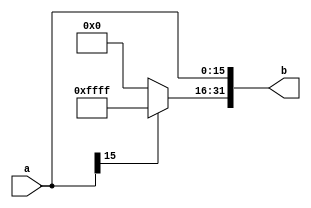
`timescale 1ns / 1ps
//////////////////////////////////////////////////////////////////////////////////
// Company: 
// Engineer: 
// 
// Design Name: 
// Module Name: ext16
// Project Name: 
// Target Devices: 
// Tool Versions: 
// Description: 
// 
// Dependencies: 
// 
// Revision:
// Revision 0.01 - File Created
// Additional Comments:
// 
//////////////////////////////////////////////////////////////////////////////////


module ext16
    #(parameter DEPTH=16)
    (input [DEPTH-1:0] a,
    output reg [31:0] b);

    always@(a) begin
        if(a[DEPTH-1]==1)
        begin
           b[31:0]=32'hffffffff;
           b[DEPTH-1:0]=a[DEPTH-1:0];
        end
        else
        begin
            b[31:0]=32'h00000000;
            b[DEPTH-1:0]=a[DEPTH-1:0];
        end
    end
endmodule